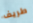
طريف